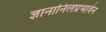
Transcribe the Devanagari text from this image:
ज्ञानानिलप्रभावेन